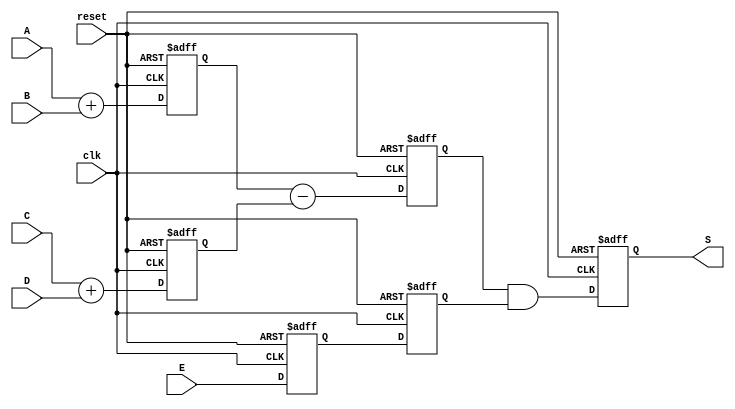
module pipeline_calculate (
    input clk,reset,
    input[4:0] A,B,C,D,E,
    output reg[4:0] S
);

//pipeline
reg[4:0] A_B_sum,C_D_sum,E_mid;   //A+B, C+D, E

//pipeline
reg[4:0] AB_CD_minus,E_end;  //(A+B)-(C+D) ,E

//pipelineS

always @(negedge clk,posedge reset) begin
    if(reset)   
    begin
        A_B_sum <= 5'b0;
        C_D_sum <= 5'b0;
        E_mid <= 5'b0;
        AB_CD_minus <= 5'b0;
        E_end <= 5'b0;
        S <= 5'b0;
    end
    else
    begin
        //pipeline 
        A_B_sum <= A+B;
        C_D_sum <= C+D;
        E_mid <= E;

        //pipeline 
        AB_CD_minus <= A_B_sum-C_D_sum;
        E_end <= E_mid;

        //pipeline 
        S <= AB_CD_minus & E_end;
    end
end
    
endmodule